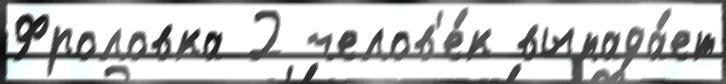
Фроловка 2 челов'е́к выпада́ет